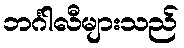
ဘင်္ဂါလီများသည်